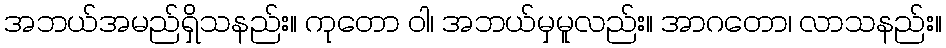
အဘယ်အမည်ရှိသနည်း။ ကုတော ဝါ၊ အဘယ်မှမူလည်း။ အာဂတော၊ လာသနည်း။